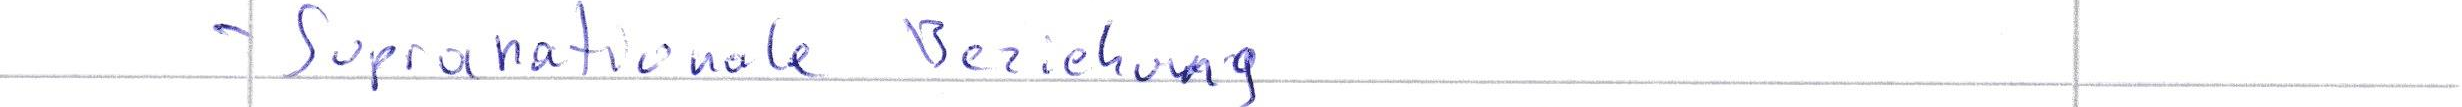
- Supranationale Beziehung